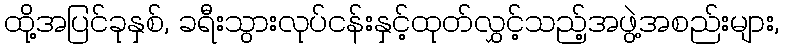
ထို့အပြင်ခုနှစ်, ခရီးသွားလုပ်ငန်းနှင့်ထုတ်လွှင့်သည့်အဖွဲ့အစည်းများ,